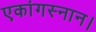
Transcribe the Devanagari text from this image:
एकांगस्नान।